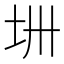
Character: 𫭜